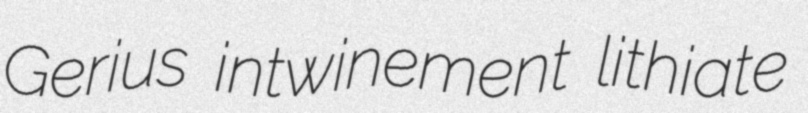
Gerius intwinement lithiate